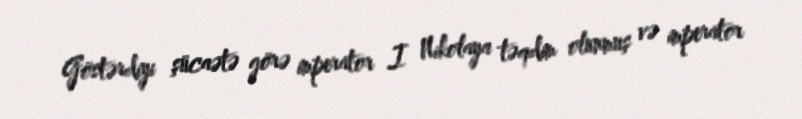
Göstərdiyi şücaətə görə imperator I Nikolaya təqdim olunmuş və imperator